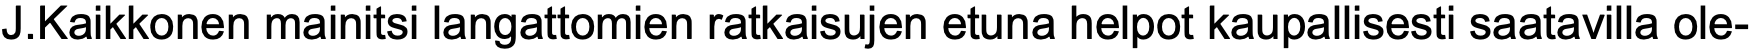
J.Kaikkonen mainitsi langattomien ratkaisujen etuna helpot kaupallisesti saatavilla ole-